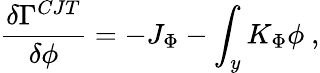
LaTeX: {\frac{\delta\Gamma^{CJT}}{\delta\phi}}=-J_{\Phi}-\int_{y}K_{\Phi}\phi~,